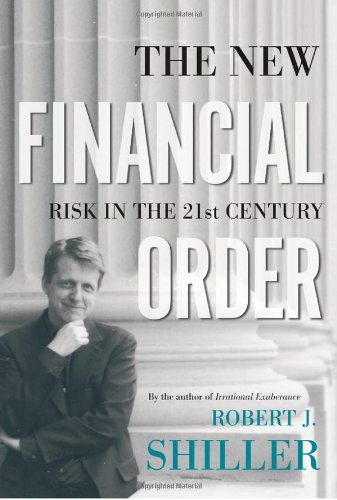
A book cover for The New Financial Order: Risk in the 21st Century; Robert J. Shiller; Business & Money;